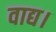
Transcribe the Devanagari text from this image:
वाद्य।